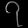
Digit: ၇